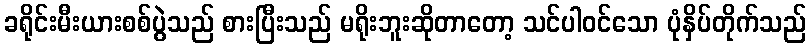
ခရိုင်းမီးယားစစ်ပွဲသည် စားပြီးသည် မရိုးဘူးဆိုတာတော့ သင်ပါဝင်သော ပုံနှိပ်တိုက်သည်